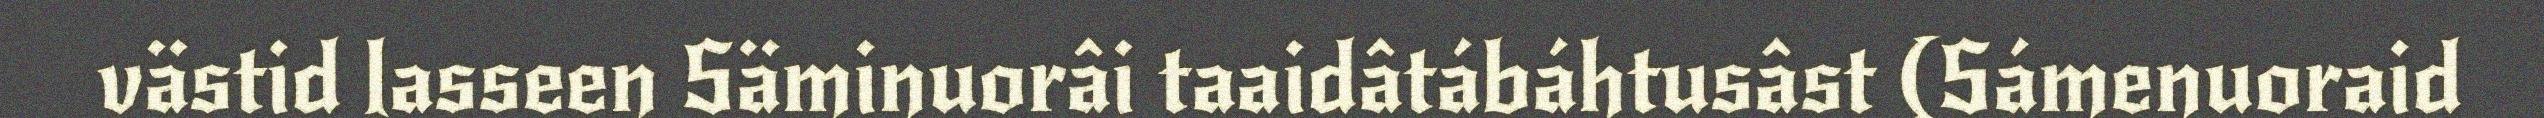
västid lasseen Säminuorâi taaidâtábáhtusâst (Sámenuoraid